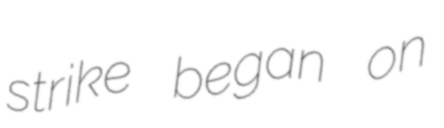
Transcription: strike began on